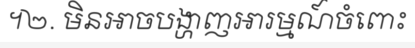
។២. មិនអាចបង្ហាញអារម្មណ៍ចំពោះ